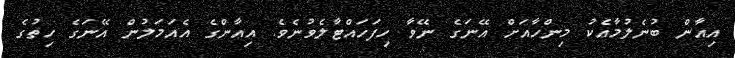
އިއާން ބުނެލުމާއެކު މިންހާއަށް އޭނަގެ ނޭވާ ހިފަހައްޓާލެވުނެވެ. އިއާންގެ އެއަމަލުން އޭނަގެ ހިތުގެ